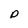
Character: p